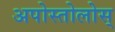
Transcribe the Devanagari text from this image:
अपोस्तोलोस्